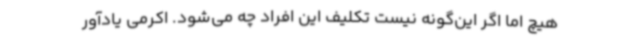
هیچ اما اگر این‌گونه نیست تکلیف این افراد چه می‌شود. اکرمی یادآور